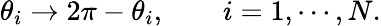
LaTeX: \theta_{i}\rightarrow 2\pi-\theta_{i},\qquad i=1,\cdots,N.